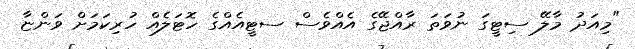
"މިއަދު މާލޭ ސިޓީގަ ނުވަތަ ރާއްޖޭގެ އެއްވެސް ސޓީއެއްގެ ހޮޓަލެއް ހުރިކަމަށް ވަންޏާ